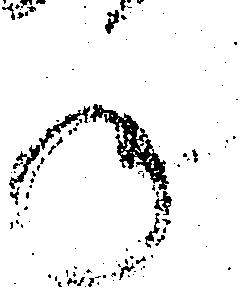
年